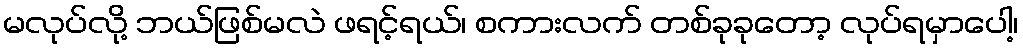
မလုပ်လို့ ဘယ်ဖြစ်မလဲ ဖရင့်ရယ်၊ စကားလက် တစ်ခုခုတော့ လုပ်ရမှာပေါ့၊